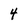
Character: 4